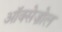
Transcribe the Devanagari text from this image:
ऑक्सेज़ोल